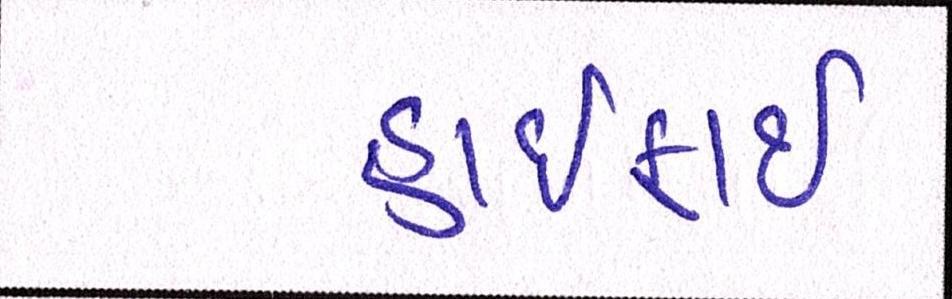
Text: હાઈફાઈ